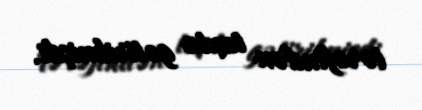
tərəfindən taxta gətirilmişdi.